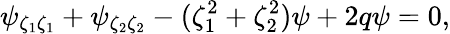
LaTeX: \psi_{\zeta_{1}\zeta_{1}}+\psi_{\zeta_{2}\zeta_{2}}-(\zeta_{1}^{2}+\zeta_{2}^{2})\psi+2q\psi=0,